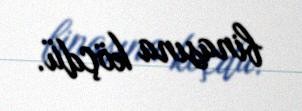
binasına köçdü.